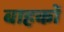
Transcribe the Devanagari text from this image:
बाहकों